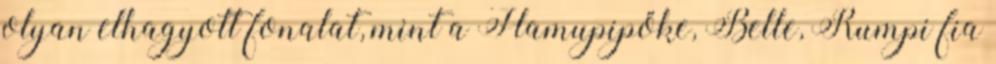
olyan elhagyott fonalat, mint a Hamupipőke, Belle, Rumpi fia